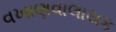
વખાણવાલાયક